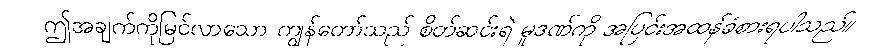
ဤအချက်ကိုမြင်လာသော ကျွန်တော်သည် စိတ်ဆင်းရဲ မှုဒဏ်ကို အပြင်းအထန်ခံစားရပါသည်။